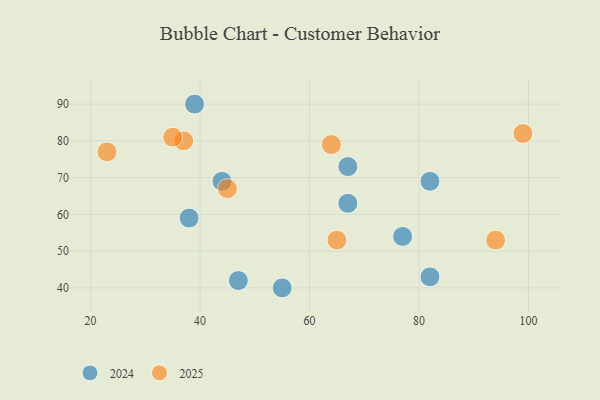
{"axis": {"x": "GDP", "y": "Life Expectancy"}, "legend": ["2024", "2025"], "data": [{"x": "47", "y": 42, "type": "2024"}, {"x": "82", "y": 43, "type": "2024"}, {"x": "82", "y": 69, "type": "2024"}, {"x": "55", "y": 40, "type": "2024"}, {"x": "39", "y": 90, "type": "2024"}, {"x": "67", "y": 73, "type": "2024"}, {"x": "67", "y": 63, "type": "2024"}, {"x": "38", "y": 59, "type": "2024"}, {"x": "44", "y": 69, "type": "2024"}, {"x": "77", "y": 54, "type": "2024"}, {"x": "45", "y": 67, "type": "2025"}, {"x": "23", "y": 77, "type": "2025"}, {"x": "37", "y": 80, "type": "2025"}, {"x": "35", "y": 81, "type": "2025"}, {"x": "99", "y": 82, "type": "2025"}, {"x": "94", "y": 53, "type": "2025"}, {"x": "64", "y": 79, "type": "2025"}, {"x": "65", "y": 53, "type": "2025"}]}